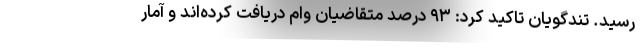
رسید. تندگویان تاکید کرد: ۹۳ درصد متقاضیان وام دریافت کرده‌اند و آمار